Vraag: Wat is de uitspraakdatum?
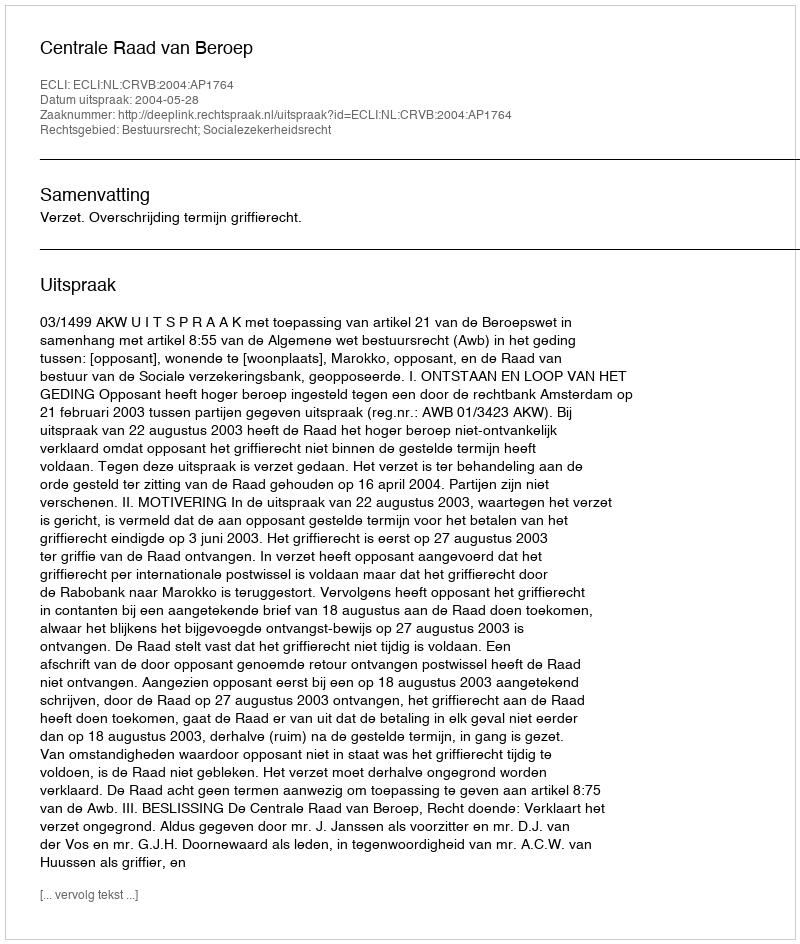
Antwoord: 2004-05-28